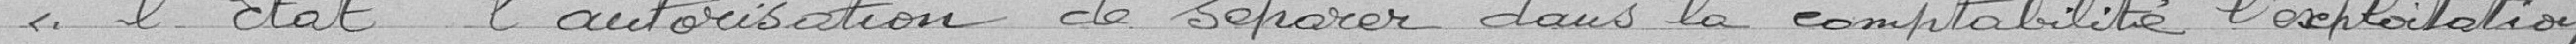
"l’État l'autorisation de séparer dans la comptabilité l'exploitation